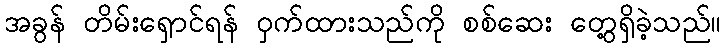
အခွန် တိမ်းရှောင်ရန် ဝှက်ထားသည်ကို စစ်ဆေး တွေ့ရှိခဲ့သည်။